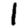
Digit: 1